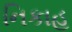
નિકાહ